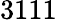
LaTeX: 3111